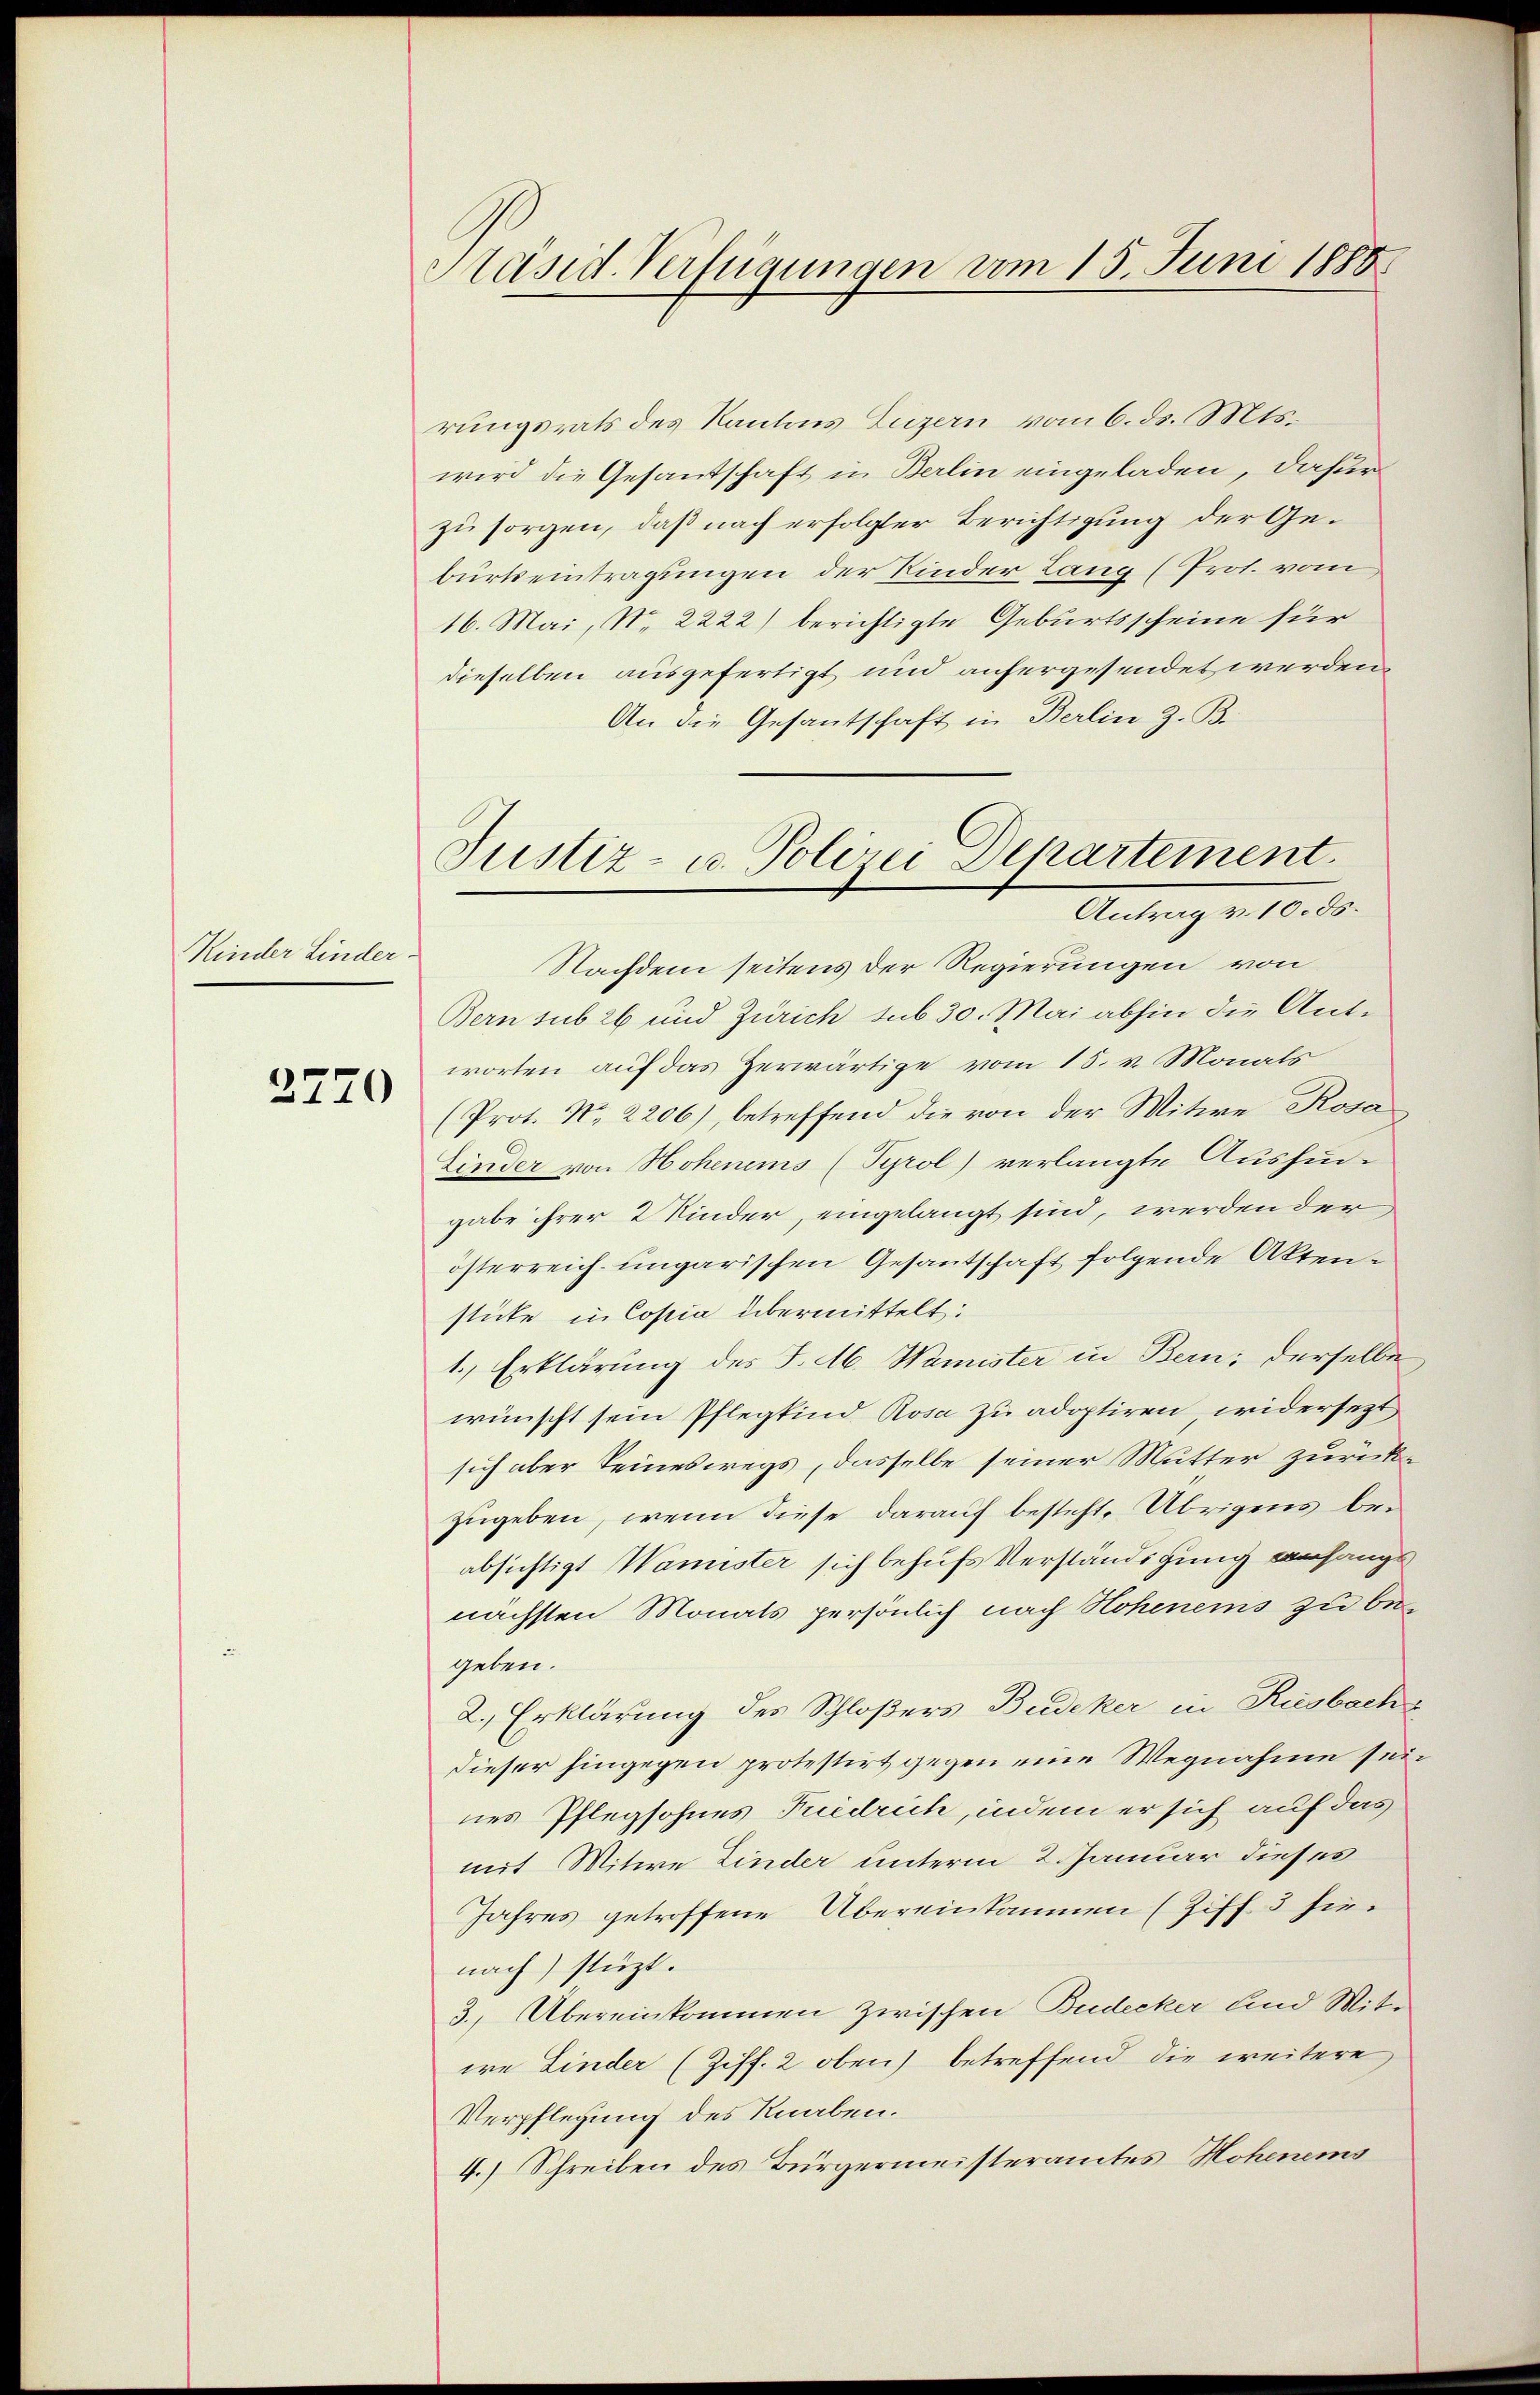
Kinder Linder.

2770

Päsid. Verfügungen vom 15. Juni 1888

rungsrats des Kantons Luzern vom 6. ds. Mts.
wird die Gesandschaft in Berlin eingeladen, dafür
zu sorgen, daß nach erfolgter Berichtigung der Geburtseintragungen der Kinder Lang (Prot. vom
16. Mai, N. 2222) berichtigte Geburtsscheine für
dieselben ausgefertigt und anhergesendet werden.
An die Gesantschaft in Berlin z. B.
Bern sub 26 und Zürich sub 30. Mai abhin die Antworten auf das Zerwärtige vom 15. v. Monals
(Prot. N. 2206), betreffend die von der Mitwe Rosa
Linder von Hohenems (Tyrol) verlangte Aushin-
gabe ihrer 2 Kinder, eingelangt sind, werden der
österreich-ungarischen Gesantschaft folgende Aktenstüke in Copia übermittelt:
1.) Erklärung des J. M. Wamister in Bern; derselbe
wünscht sein Pflegkind Rosa zu adoptiren, widersezt
sich aber keineswegs, dasselbe seiner Mutter zurückzugeben, wenn diese darauf besteht. Übrigens beabsichtigt Wamister sich behufs Verständigung verhängt
nächsten Monats persönlich nach Hohenems zu begeben.
2.) Erklärung des Schloßers Budeker in Riesbach
dieser hingegen protestirt gegen eine Wegnahme sein
nes Pflegsohnes Puedrich, indem er sich auf das
mit Mitwe Linder unterm 2. Januar dieses
Jahres getroffene Übereinkommen (Ziff. 3 hienach stüzt.
3. Übereinkommen zwischen Budecker und Mit-
ie Linder (Ziff. 2 oben) betreffend die weitere
Verpflegung des Knaben.
4.) Schreiben des Bürgermeisteramtes Hohenems

Justiz- u. Polizei Departement.
Antrag v. 10. ds.
Nachdem seitens der Regierungen von